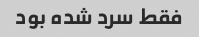
فقط سرد شده بود